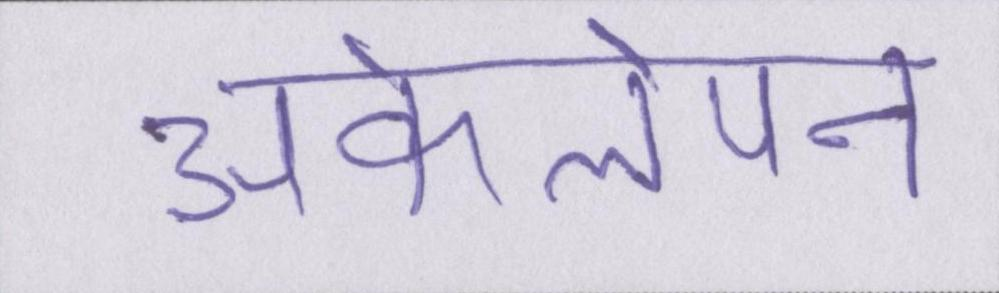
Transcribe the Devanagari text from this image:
अकेलेपन